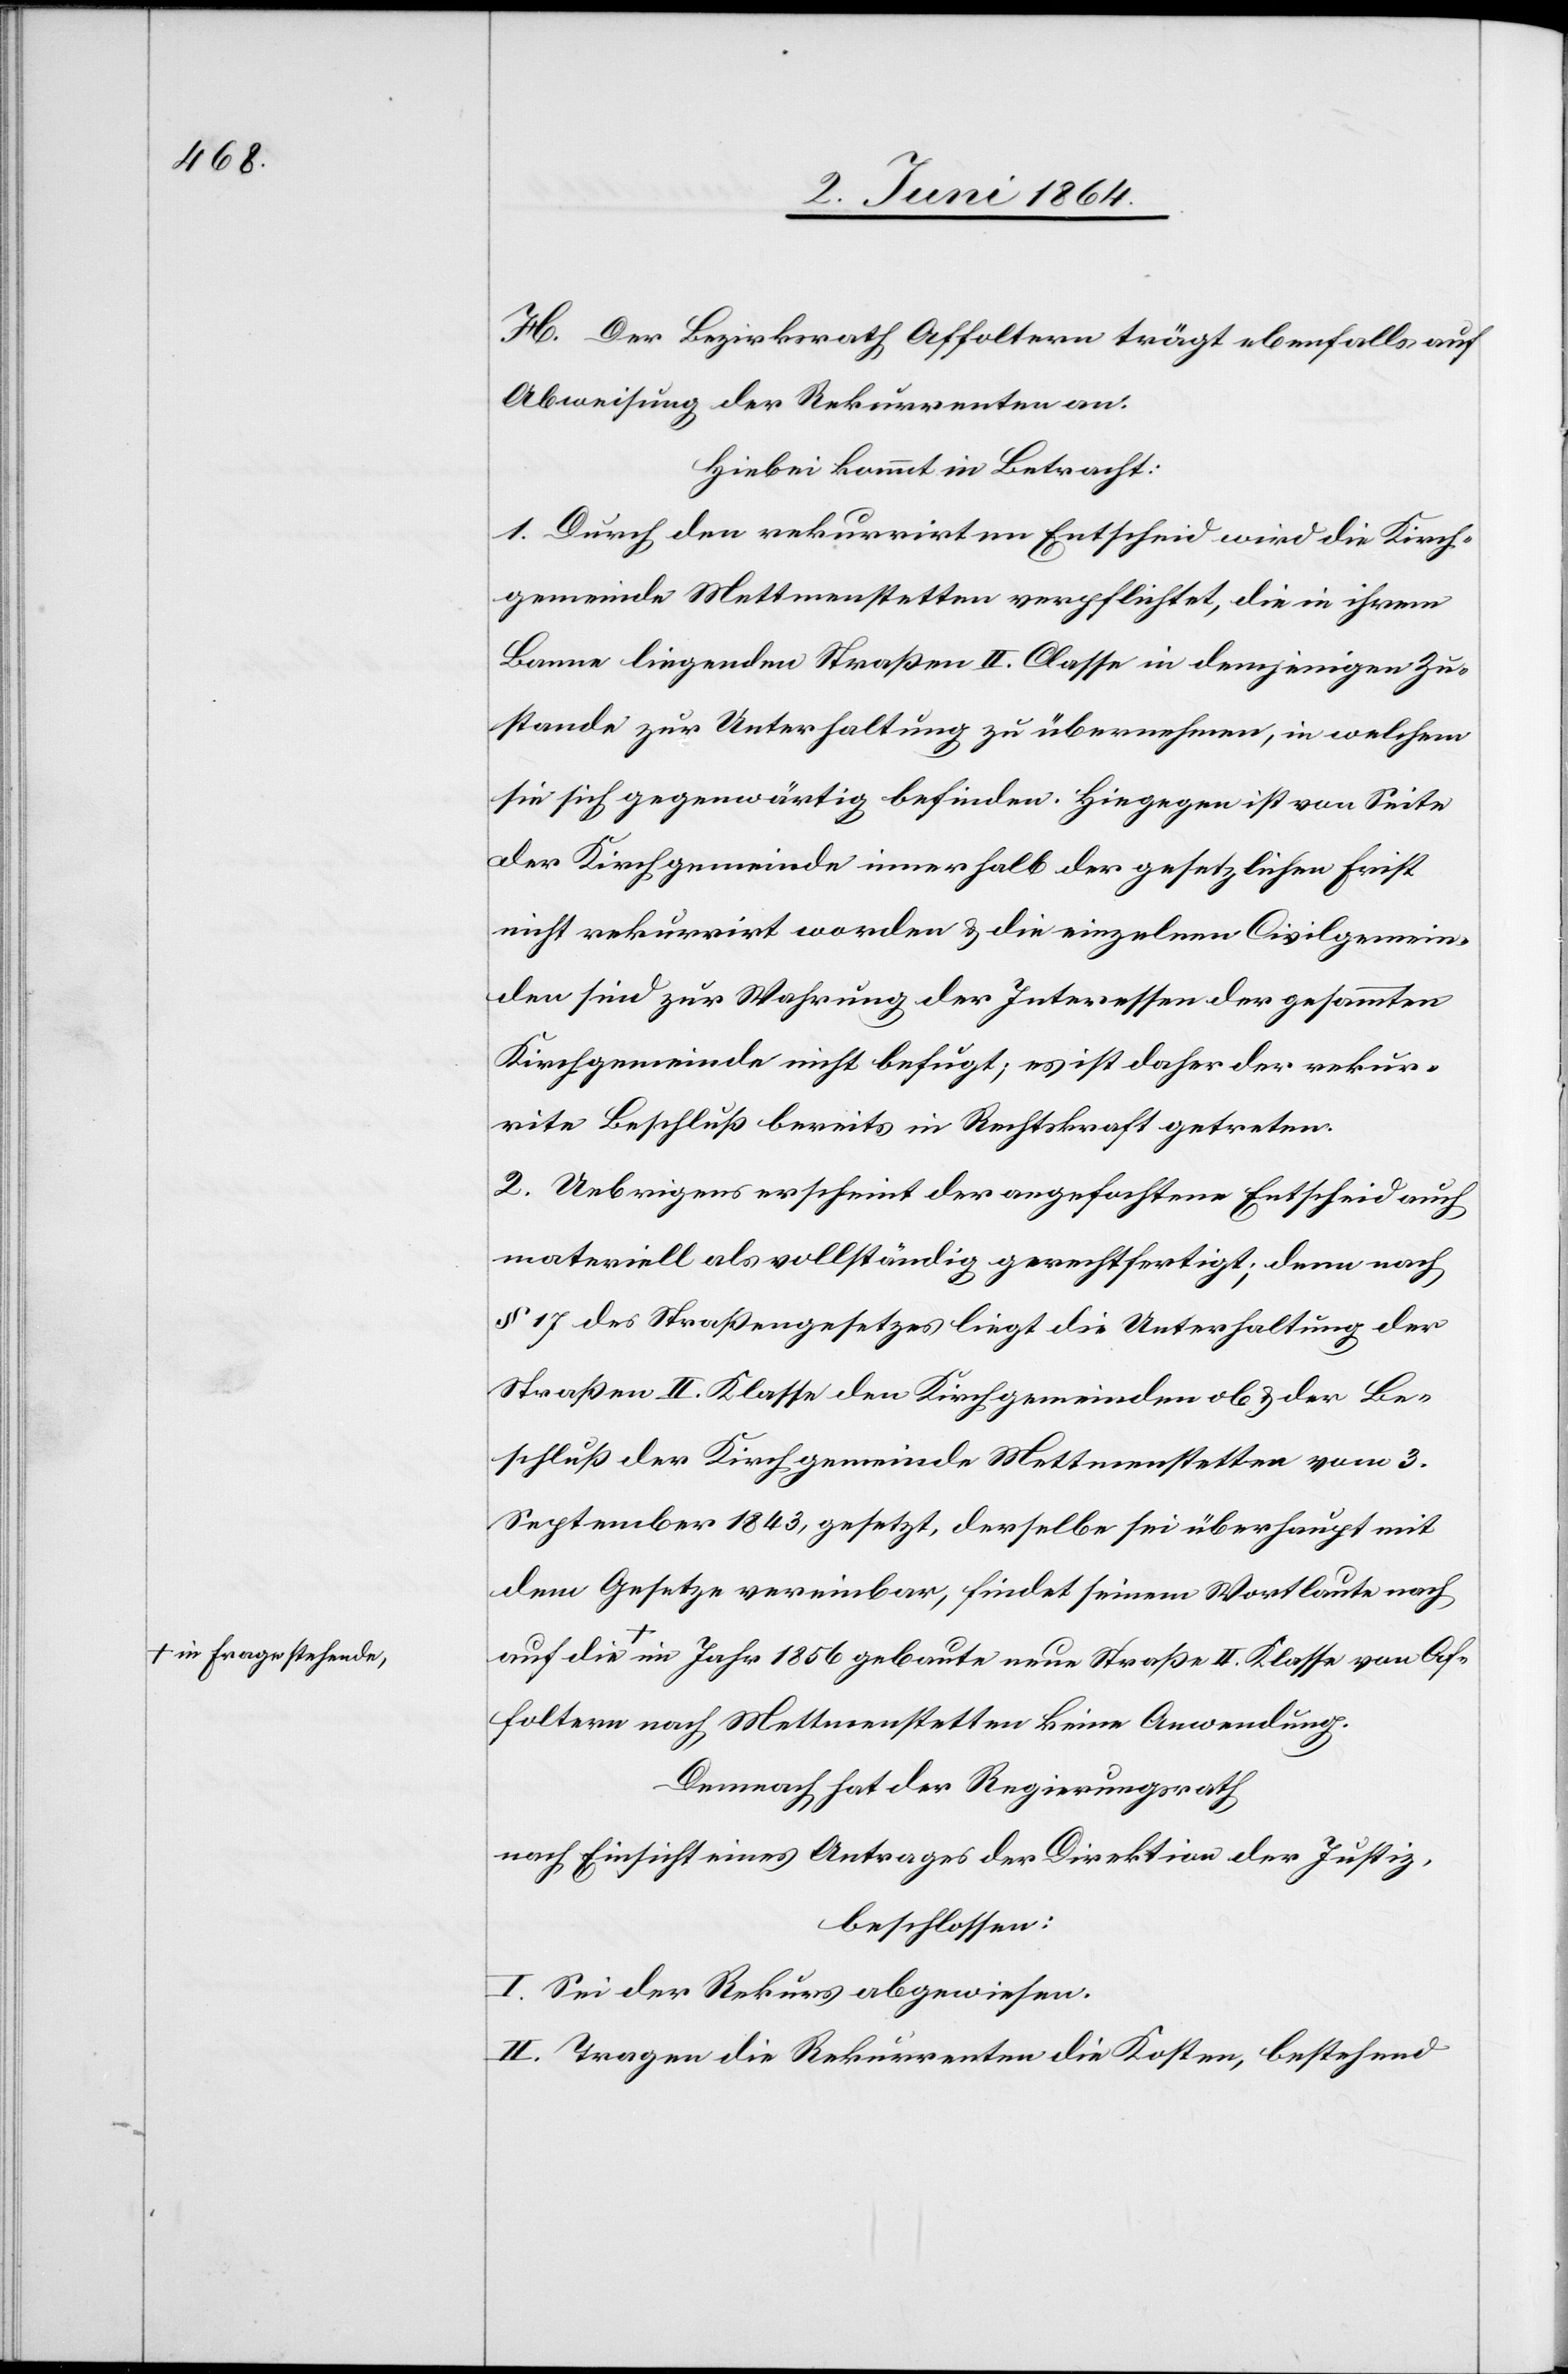
in Frage stehende,

H. Der Bezirksrath Affoltern trägt ebenfalls auf
Abweisung der Rekurrenten an.
Hiebei kommt in Betracht:
1. Durch den rekurrirten Entscheid wird die Kirch¬
gemeinde Mettmenstetten verpflichtet, die in ihrem
Banne liegenden Straßen II. Classe in demjenigen Zu¬
stande zur Unterhaltung zu übernehmen, in welchem
sie sich gegenwärtig befinden. Hingegen ist von Seite
der Kirchgemeinde innerhalb der gesetzlichen Frist
nicht rekurrirt worden u. die einzelnen Civilgemein¬
den sind zur Wahrung der Interessen der gesammten
Kirchgemeinde nicht befugt; es ist daher der rekur¬
rirte Beschluß bereits in Rechtskraft getreten.
2. Uebrigens erscheint der angefochtene Entscheid auch
materiell als vollständig gerechtfertigt; denn nach
§ 17 des Straßengesetzes liegt die Unterhaltung der
Straßen II. Klasse den Kirchgemeinden ob u. der Be¬
schluß der Kirchgemeinde Mettmenstetten vom 3.
September 1843, gesetzt, derselbe sei überhaupt mit
dem Gesetze vereinbar, findet seinem Wortlaute nach
Affoltern nach Mettmenstetten keine Anwendung.
Demnach hat der Regierungsrath
nach Einsicht eines Antrages der Direktion der Justiz,
beschlossen:
I. Sei der Rekurs abgewiesen.
II. Tragen die Rekurrenten die Kosten, bestehend